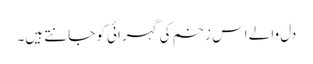
دل والے اس زخم کی گہرائی کو جانتے ہیں۔